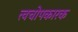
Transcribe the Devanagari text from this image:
त्वचोपकारक